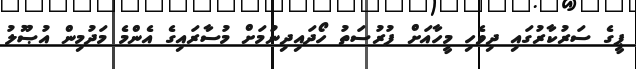
ޕީގެ ސަރުކާރުގައި ދިވެހި މީހާއަށް ފުރުސަތު ހޯދައިދިނުމަށް މުސާރައިގެ އެންމެ މަދުމިން އުޞޫލު